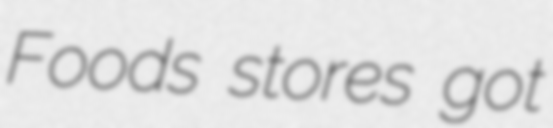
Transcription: Foods stores got